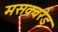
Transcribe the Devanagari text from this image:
मसक्वरेड